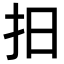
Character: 𢪏